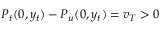
P _ { t } ( 0 , y _ { t } ) - P _ { u } ( 0 , y _ { t } ) = v _ { T } > 0